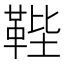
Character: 𩊰